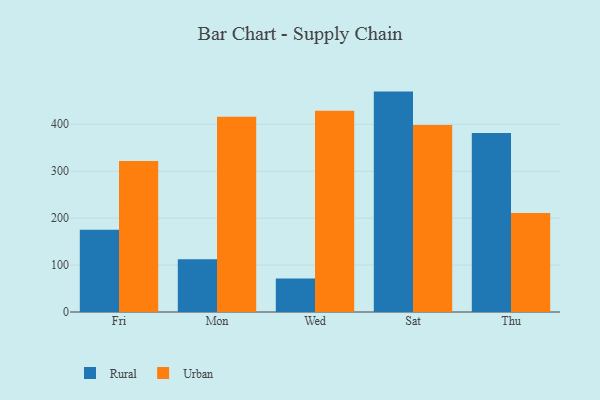
{"axis": {"x": "Day", "y": "Humidity (%)"}, "legend": ["Rural", "Urban"], "data": [{"x": "Fri", "y": 175.2, "type": "Rural"}, {"x": "Fri", "y": 321.6, "type": "Urban"}, {"x": "Mon", "y": 112.6, "type": "Rural"}, {"x": "Mon", "y": 415.9, "type": "Urban"}, {"x": "Wed", "y": 71.5, "type": "Rural"}, {"x": "Wed", "y": 428.6, "type": "Urban"}, {"x": "Sat", "y": 469.6, "type": "Rural"}, {"x": "Sat", "y": 398.2, "type": "Urban"}, {"x": "Thu", "y": 381.2, "type": "Rural"}, {"x": "Thu", "y": 211.0, "type": "Urban"}]}